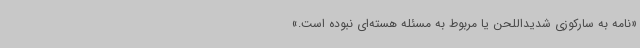
«نامه به سارکوزی شدیداللحن یا مربوط به مسئله هسته‌ای نبوده‌ است.»